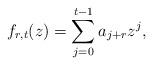
LaTeX: \begin{align*}f_{r,t}(z)=\sum_{j=0}^{t-1}a_{j+r}z^j,\end{align*}